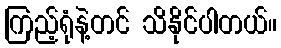
ကြည့်ရုံနဲ့တင် သိနိုင်ပါတယ်။